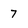
Character: 7